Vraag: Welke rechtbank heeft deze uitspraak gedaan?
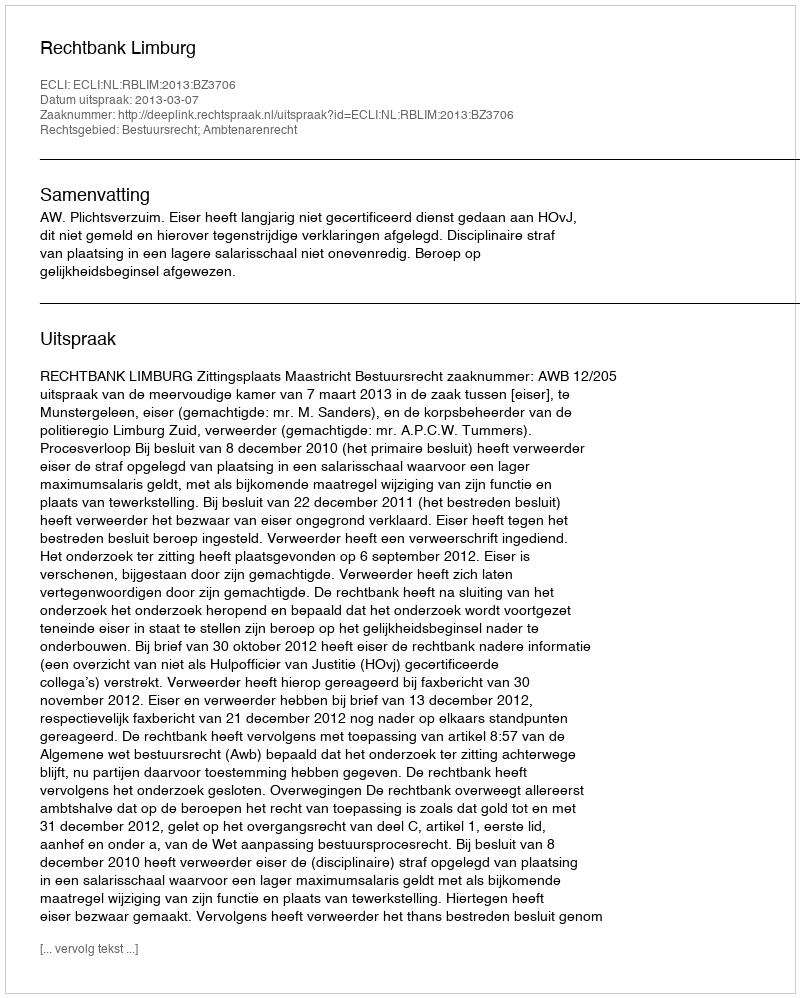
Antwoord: Rechtbank Limburg